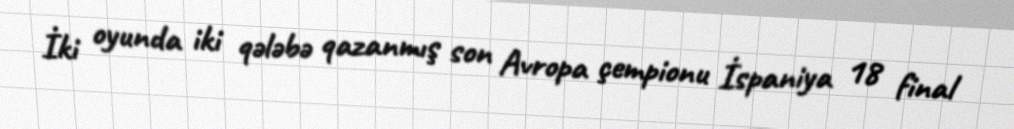
İki oyunda iki qələbə qazanmış son Avropa çempionu İspaniya 18 final